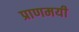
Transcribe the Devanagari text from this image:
प्राणमयी